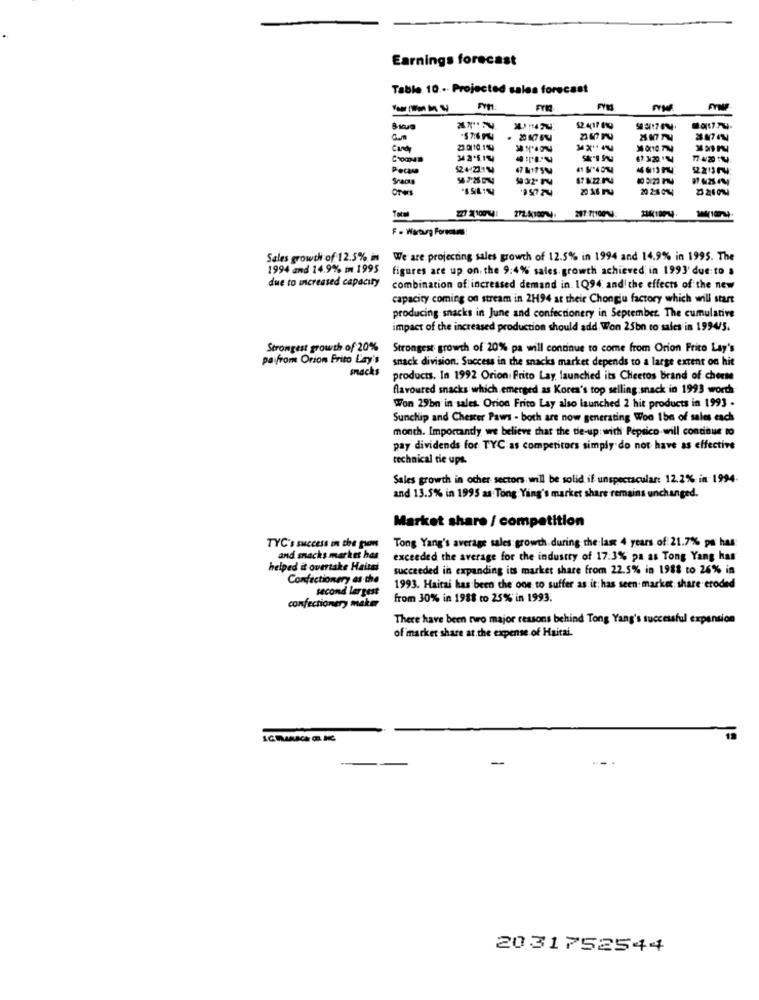
Earnings forecast
Table. 10 ... Projected sales forecast
$2 417 19
Candy
23 0110 199
M2514
1.120℃
Pecas
2257
Snacks
20 16 -4
20 2:6 014
247.71100
Sales growth of 12.5% in
We are projecting sales growth of 12.5% in 1994 and 14.9% in 1995. The
1994 and 14.9% in 1995
figures are up on. the 9:4% sales. growth achieved in 1993' due to a
due to increased capacity
combination of increased demand in. 1Q94 and! the effects of the new
capacity coming on stream in 2H94 at their Chongju factory which will start
producing snacks in June and confectionery in September. The cumulative
impact of the increased production should add Won 25bn to sales in 1994/5.
Strongest growth of 20%
Strongest growth of 20% pa will continue to come from Orion Frito Lay's
pa from Orion Frito Lay's
snack division. Success in the snacks market depends to a large extent on hit
snacks
products. In 1992 Orion: Frito Lay, launched its Cheetos brand of cheese
flavoured snacks which emerged as Korea's top selling.snack in 1993 words
Won 29be in sales. Orion Frito Lay also launched 2 hit products in 1993 .
Sunchip and Chester Paws - both are now generating Woo Ibn of sales each
month. Importantly, we believe that the de-up: with Pepsico-will continue to
pay dividends for TYC as competitors simply do not have as effective
technical tie ups.
Sales growth in ocher sectors. will be solid if unspectacular: 12.2% in 1994.
and 13.5% in 1995 as Tong Ying's market share remains unchanged.
Market share / competition
TYC's success in the gion
Tong Yang's average sales growth during the last 4 years of 21.7% pa has
and snacks market has
exceeded the average for the industry of 17:3% pa as Tong Yang has
helped it overtake Haitsi
succeeded in expanding its market share from 22.5% in 1988 to 26% in
Confectionery as the
second largest
1993. Maitai has been the one to suffer as it: has seen: market share eroded
from 30% in 1988 to 25% in 1993.
confectionery maker
There have been tro major ressons behind Tong Yang's successful expansion
of market share at the expense of Haitai.
-
2031752544